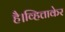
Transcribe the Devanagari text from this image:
है।व्हित्ताकेर